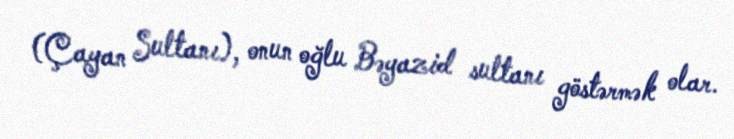
(Çayan Sultanı), onun oğlu Bəyazid sultanı göstərmək olar.